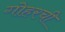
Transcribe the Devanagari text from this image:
गोहरची